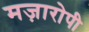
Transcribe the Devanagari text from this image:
मज़ारोपी